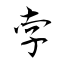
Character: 孛